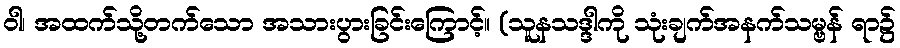
ဝါ၊ အထက်သို့တက်သော အသားပွားခြင်းကြောင့်။ (သူနသဒ္ဒါကို သုံးချက်အနက်သမ္ဗန် ရာ၌